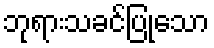
ဘုရားသခင်ပြုသော